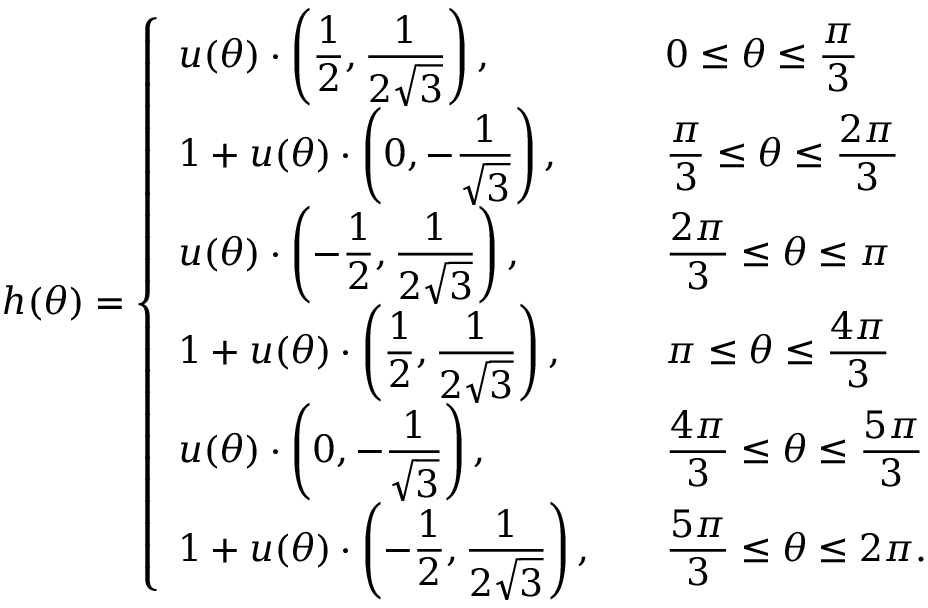
h ( \theta ) = \left\{ \begin{array} { l l } { \displaystyle u ( \theta ) \cdot \left( \frac { 1 } { 2 } , \frac { 1 } { 2 \sqrt { 3 } } \right) , \quad } & { \displaystyle 0 \le \theta \le \frac { \pi } { 3 } } \\ { \displaystyle 1 + u ( \theta ) \cdot \left( 0 , - \frac { 1 } { \sqrt { 3 } } \right) , \quad } & { \displaystyle \frac { \pi } { 3 } \le \theta \le \frac { 2 \pi } { 3 } } \\ { \displaystyle u ( \theta ) \cdot \left( - \frac { 1 } { 2 } , \frac { 1 } { 2 \sqrt { 3 } } \right) , \quad } & { \displaystyle \frac { 2 \pi } { 3 } \le \theta \le \pi } \\ { \displaystyle 1 + u ( \theta ) \cdot \left( \frac { 1 } { 2 } , \frac { 1 } { 2 \sqrt { 3 } } \right) , \quad } & { \displaystyle \pi \le \theta \le \frac { 4 \pi } { 3 } } \\ { \displaystyle u ( \theta ) \cdot \left( 0 , - \frac { 1 } { \sqrt { 3 } } \right) , \quad } & { \displaystyle \frac { 4 \pi } { 3 } \le \theta \le \frac { 5 \pi } { 3 } } \\ { \displaystyle 1 + u ( \theta ) \cdot \left( - \frac { 1 } { 2 } , \frac { 1 } { 2 \sqrt { 3 } } \right) , \quad } & { \displaystyle \frac { 5 \pi } { 3 } \le \theta \le 2 \pi . } \end{array} \right.